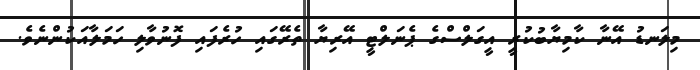
މިލަނޑު އޭނާ ކާމިޔާބުކުރީ އީގަލްސްގެ ޕެނަލްޓީ އޭރިޔާ ތެރޭގައި ހުރެފައި ފޮނުވާލި ހަމަލާއަކުންނެވެ.